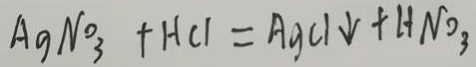
A g N O _ { 3 } + H C l = A g C l \downarrow + H N O _ { 3 }